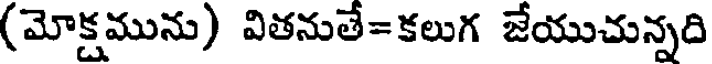
(మోక్షమును) వితనుతే=కలుగ జేయుచున్నది